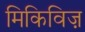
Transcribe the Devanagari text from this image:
मिकिविज़